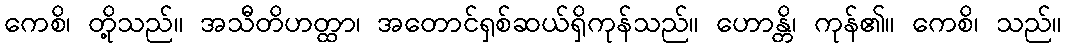
ကေစိ၊ တို့သည်။ အသီတိဟတ္ထာ၊ အတောင်ရှစ်ဆယ်ရှိကုန်သည်။ ဟောန္တိ၊ ကုန်၏။ ကေစိ၊ သည်။